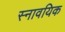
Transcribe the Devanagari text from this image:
स्नावयिक